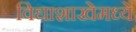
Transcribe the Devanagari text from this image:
विद्याशाखेमध्ये